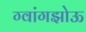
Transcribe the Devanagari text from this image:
ग्वांगझोऊ